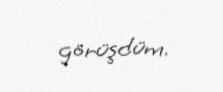
görüşdüm.